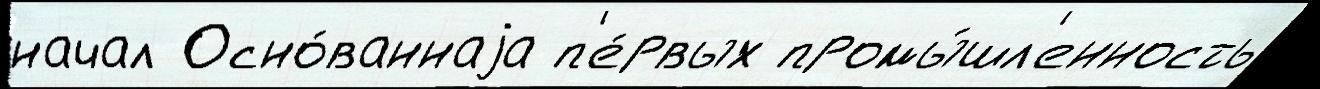
начал Осно́ваннаjа п'е́рвых промы́шл'енность